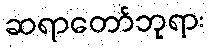
ဆရာတော်ဘုရား